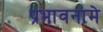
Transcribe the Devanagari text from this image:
प्रभावनामे